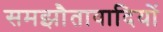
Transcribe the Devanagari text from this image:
समझौतावादियों